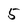
Character: 5